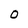
Character: O